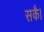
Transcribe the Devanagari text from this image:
सकै।